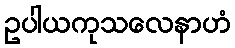
ဥပါယကုသလေနာဟံ